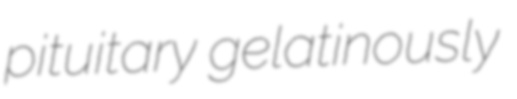
pituitary gelatinously